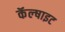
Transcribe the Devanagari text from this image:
कॅल्षाइट